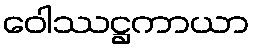
ဝေါဿဋ္ဌကာယာ